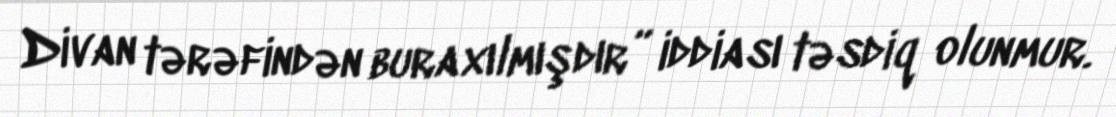
Divan tərəfindən buraxılmışdır” iddiası təsdiq olunmur.